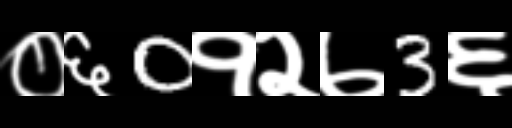
Text: ०६0१२७3६